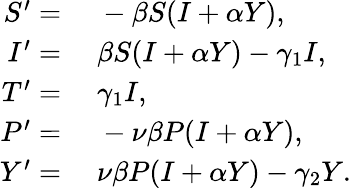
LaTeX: \begin{array}{rl}{S^{\prime}=}&{{}\; -\beta S(I+\alpha Y),}\\ {I^{\prime}=}&{{}\; \beta S(I+\alpha Y)-\gamma_{1}I,}\\ {T^{\prime}=}&{{}\; \gamma_{1}I,}\\ {P^{\prime}=}&{{}\; -\nu\beta P(I+\alpha Y),}\\ {Y^{\prime}=}&{{}\; \nu\beta P(I+\alpha Y)-\gamma_{2}Y.}\end{array}